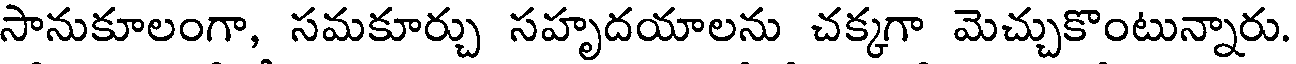
సానుకూలంగా, సమకూర్చు సహృదయాలను చక్కగా మెచ్చుకొంటున్నారు.